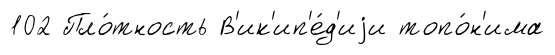
102 Пло́тность В'ик'ип'е́д'иjи топо́н'има